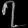
Digit: ၇